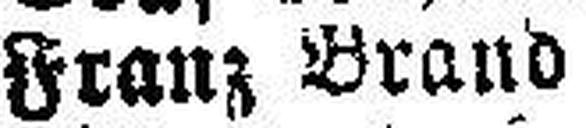
Franz Brand